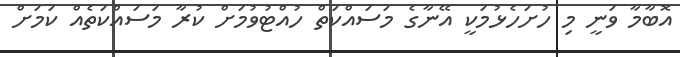
އޮބާމާ ވަނީ މި ހުށަހެޅުމަކީ އޭނާގެ މަސައްކަތް ހުއްޓުވުމަށް ކުރާ މަސައްކަތެއް ކަމަށް